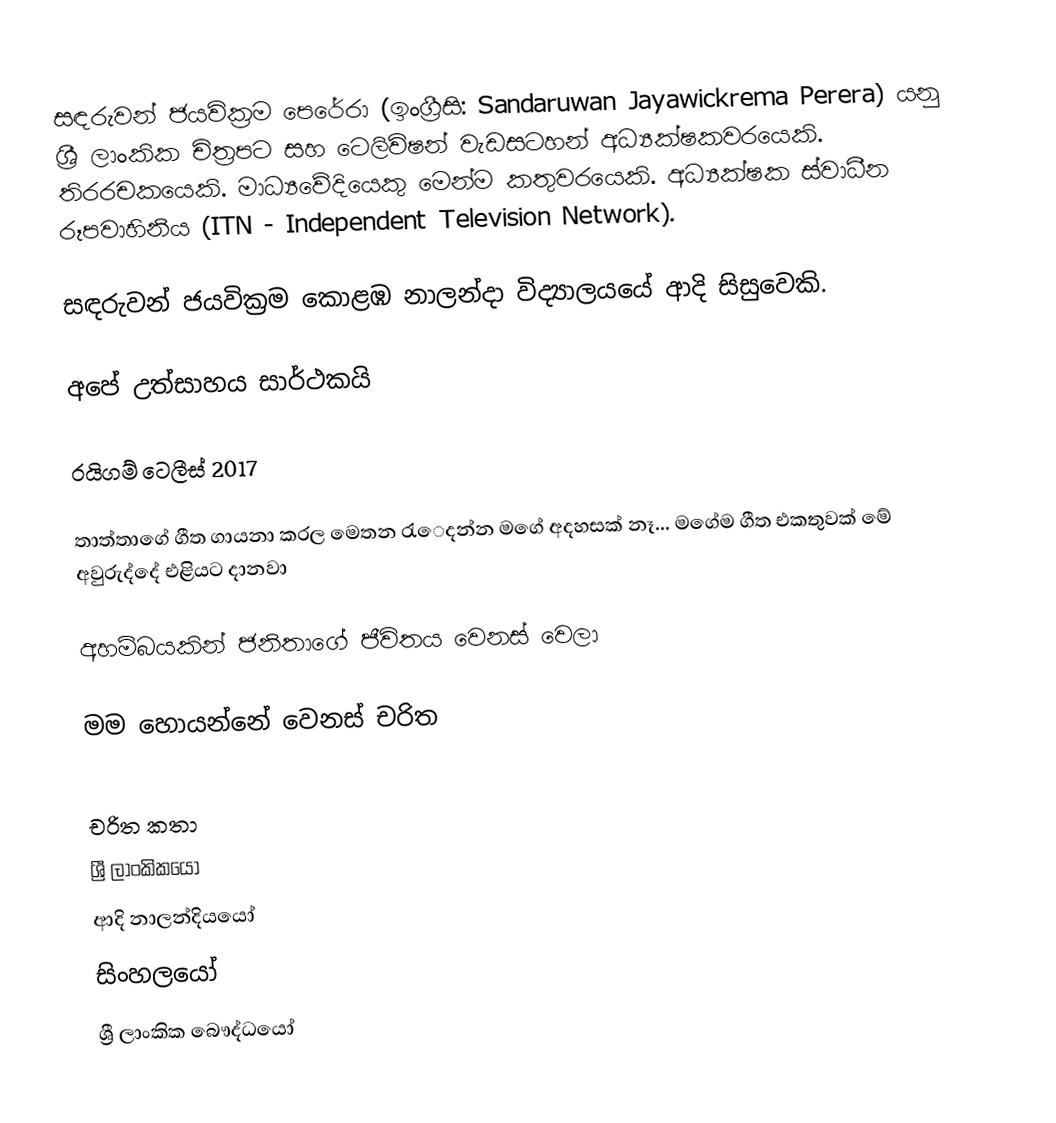
සඳරුවන් ජයවික්‍රම පෙරේරා (ඉංග්‍රීසි: Sandaruwan Jayawickrema Perera) යනු ශ්‍රී ලාංකික චිත්‍රපට සහ ටෙලිවිෂන් වැඩසටහන් අධ්‍යක්ෂකවරයෙකි. තිරරචකයෙකි. මාධ්‍යවේදියෙකු මෙන්ම කතුවරයෙකි. අධ්‍යක්ෂක ස්වාධීන රූපවාහිනිය (ITN - Independent Television Network).

සඳරුවන් ජයවික්‍රම  කොළඹ නාලන්දා විද්‍යාලයයේ ආදි සිසුවෙකි.

 අපේ උත්සාහය සාර්ථකයි

 රයිගම් ටෙලීස් 2017

 තාත්තාගේ ගීත ගායනා කරල මෙතන රැෙදන්න මගේ අදහසක් නෑ... මගේම ගීත එකතුවක් මේ අවුරුද්දේ එළියට දානවා

 අහම්බයකින් ජනිතාගේ ජීවිතය වෙනස් වෙලා

 මම හොයන්නේ වෙනස් චරිත

චරිත කතා
ශ්‍රී ලාංකිකයෝ
ආදි නාලන්දියයෝ
සිංහලයෝ
ශ්‍රී ලාංකික බෞද්ධයෝ